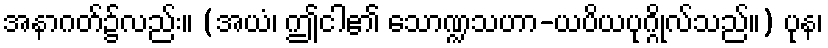
အနာဂတ်၌လည်း။ (အယံ၊ ဤငါ၏ သောဏ္ဍသဟာ-ယပိယပုဂ္ဂိုလ်သည်။) ပုန၊